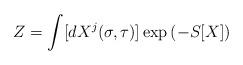
LaTeX: \begin{align*}Z=\int [d X^j(\sigma,\tau)]\exp\left( -S[X]\right)\end{align*}